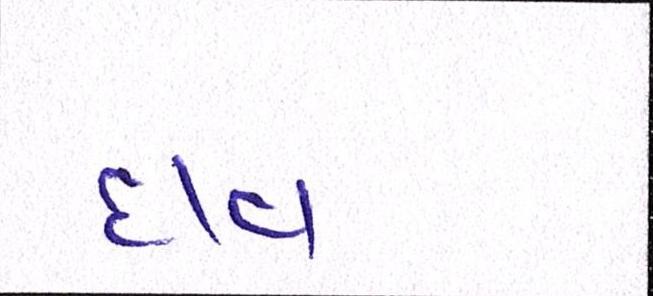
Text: દાવ